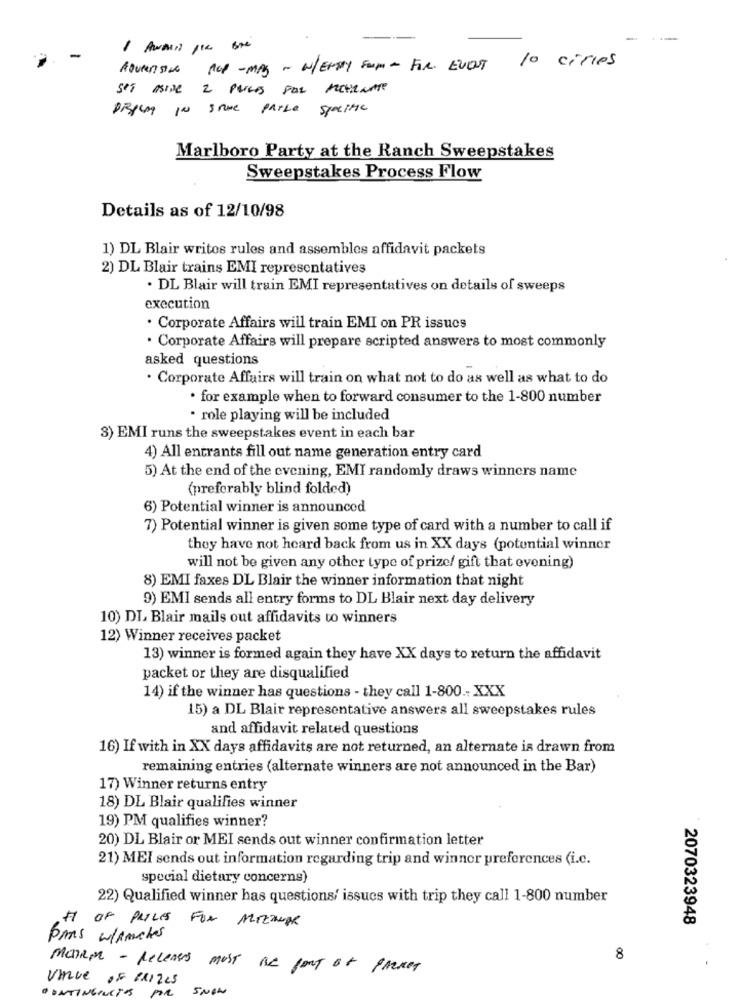
-
-
AOURenSING RUP - MAS - W/ENTY Som - FIR. EVENT 10 cities
Set Aside 2 Perces For MEHRNATe
DEPLAY IN STIMe PARLE SPALIMe
Marlboro Party at the Ranch Sweepstakes
Sweepstakes Process Flow
Details as of 12/10/98
1) DL Blair writes rules and assembles affidavit packets
2) DL Blair trains EMI representatives
. DL Blair will train EMI representatives on details of sweeps
execution
. Corporate Affairs will train EMI on PR issues
· Corporate Affairs will prepare scripted answers to most commonly
asked questions
. Corporate Affairs will train on what not to do as well as what to do
. for example when to forward consumer to the 1-800 number
· role playing will be included
3) EMI runs the sweepstakes event in each bar
4) All entrants fill out name generation entry card
5) At the end of the evening, EMI randomly draws winners name
(preferably blind folded)
6) Potential winner is announced
7) Potential winner is given some type of card with a number to call if
they have not heard back from us in XX days (potential winner
will not be given any other type of prize/ gift that evening)
8) EMI faxes DL Blair the winner information that night
9) EMI sends all entry forms to DL Blair next day delivery
10) DI Blair mails out affidavits to winners
12) Winner receives packet
13) winner is formed again they have XX days to return the affidavit
packet or they are disqualified
14) if the winner has questions - they call 1-800 .- XXX
15) a DL Blair representative answers all sweepstakes rules
and affidavit related questions
16) If with in XX days affidavits are not returned, an alternate is drawn from
remaining entries (alternate winners are not announced in the Bar)
17) Winner returns entry
18) DL Blair qualifies winner
19) PM qualifies winner?
20) DL Blair or MEI sends out winner confirmation letter
21) MEI sends out information regarding trip and winnor preferences (i.c.
special dietary concerns)
22) Qualified winner has questions/ issues with trip they call 1-800 number
# OF PRICES FOR AZIENDE
2070323948
Dans wlanches
8
Manem - releases most Be part of PARKet
VInue OF PRIZes
SNOW
CONTINGENTOS